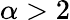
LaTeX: \alpha>2